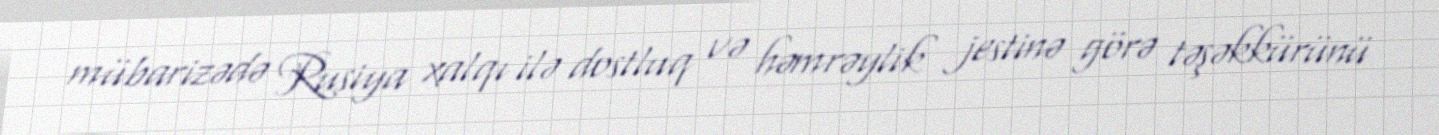
mübarizədə Rusiya xalqı ilə dostluq və həmrəylik jestinə görə təşəkkürünü